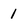
Character: 1